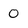
Character: 0